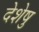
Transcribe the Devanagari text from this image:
देशेषु